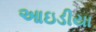
આઇડીયા